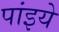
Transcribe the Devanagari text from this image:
पांइये